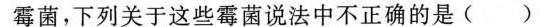
霉菌，下列关于这些霉菌说法中不正确的是 ( )